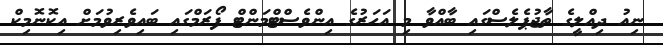
ނިއު ދިއްލީގެ ތާޖުޕެލެސްގައި ބާއްވާ މި އަހަރުގެ އިންވެސްޓްމަންޓް ފޯރަމްގައި ބައިވެރިވުމަށް އިކޮނޮމިކް